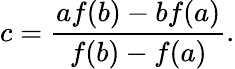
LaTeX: c={\frac{af(b)-bf(a)}{f(b)-f(a)}}.